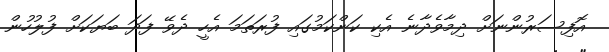
އޮފިސަރުންނަށް ދިމާވެދާނެ އެކި ކަންކަމުގައި ފުރަތަމަ އެހީ ދެވޭ ފަދަ ބަޔަކަށް ފުލުހުން